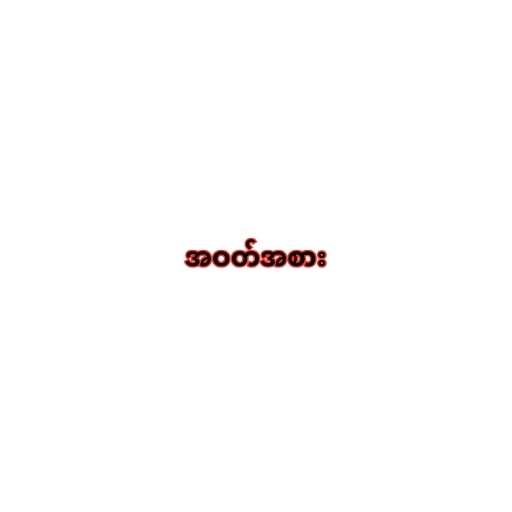
အဝတ်အစား